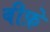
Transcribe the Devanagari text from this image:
बीफ़े